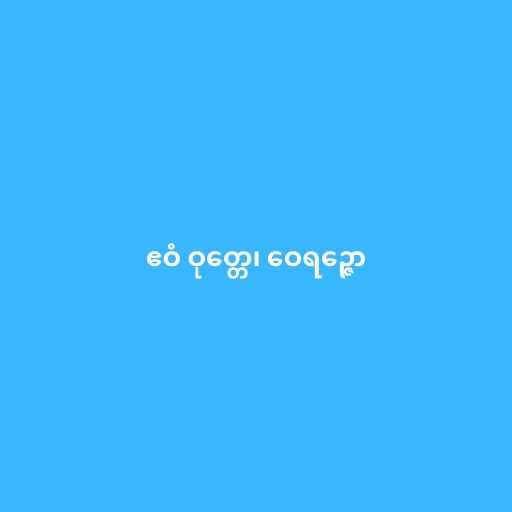
ဧဝံ ဝုတ္တေ၊ ဝေရဉ္ဇော